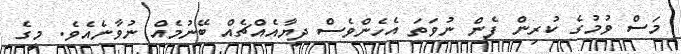
މަސް ވުމުގެ ކުރިން ފެން ނުވަތަ އެހެންވެސް ދިޔާއެއްޗެއް ބޭނުމެއް ނުވާނެއެވެ. މީގެ